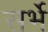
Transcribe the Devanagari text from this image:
सर्भे